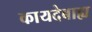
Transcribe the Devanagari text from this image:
कायदेबाह्य